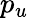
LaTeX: p_{u}